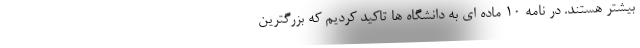
بیشتر هستند. در نامه ۱۰ ماده ای به دانشگاه ها تاکید کردیم که بزرگترین